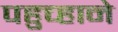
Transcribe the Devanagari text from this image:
पहुच्हाने